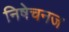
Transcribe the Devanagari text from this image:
निषेचनज